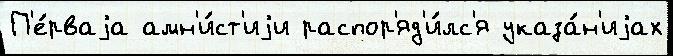
П'е́рваjа амн'и́ст'иjи распор'яд'и́лс'я указа́н'иjах